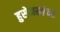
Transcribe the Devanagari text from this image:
हुसेनखांच्या